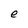
Character: e